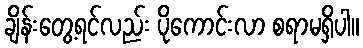
ချိန်းတွေ့ရင်လည်း ပိုကောင်းလာ စရာမရှိပါ။